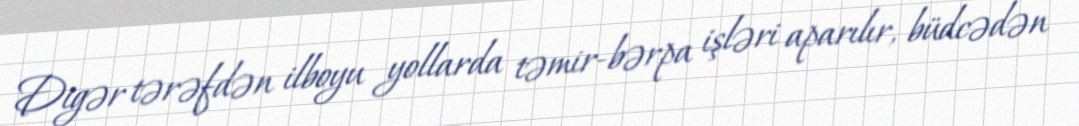
Digər tərəfdən ilboyu yollarda təmir-bərpa işləri aparılır, büdcədən